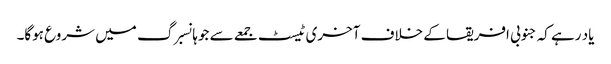
یاد رہے کہ جنوبی افریقا کے خلاف آخری ٹیسٹ جمعے سے جوہانسبرگ میں شروع ہوگا۔